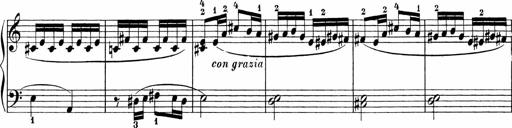
Title: 3 Sonatinas
Composer: Carl Reinecke